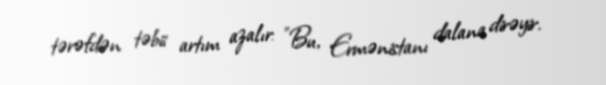
tərəfdən təbii artım azalır: "Bu, Ermənistanı dalana dirəyir.